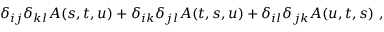
\delta _ { i j } \delta _ { k l } A ( s , t , u ) + \delta _ { i k } \delta _ { j l } A ( t , s , u ) + \delta _ { i l } \delta _ { j k } A ( u , t , s ) \ ,